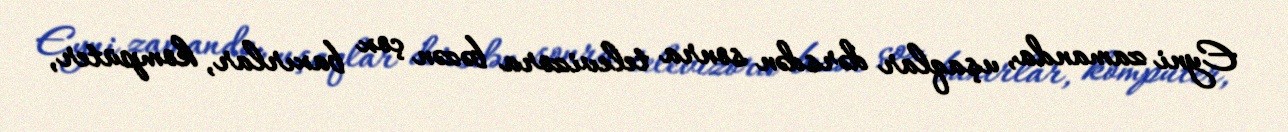
Eyni zamanda, uşaqlar dərsdən sonra televizora bəzən çox baxırlar, kompüter,